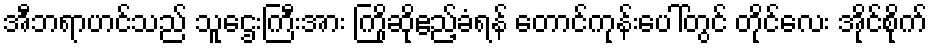
အီဘရာဟင်သည် သူဌေးကြီးအား ကြိုဆိုဧည့်ခံရန် တောင်ကုန်းပေါ်တွင် တိုင်လေး အိုင်စိုက်